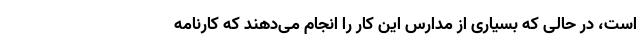
است، در حالی که بسیاری از مدارس این کار را انجام می‌دهند که کارنامه